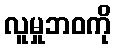
လူမှုဘဝကို